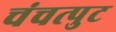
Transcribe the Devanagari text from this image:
चंचत्पुट